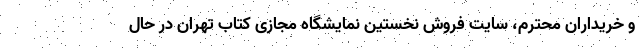
و خریداران محترم، سایت فروش نخستین نمایشگاه مجازی کتاب تهران در حال